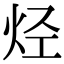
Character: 烃